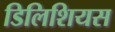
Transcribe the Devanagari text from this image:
डिलिशियस